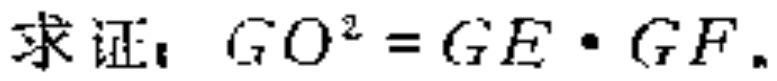
求证：$GO^{2}=GE\cdot GF$。